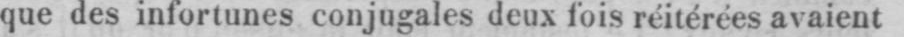
que des infortunes conjugales deux fois réitérées avaient